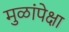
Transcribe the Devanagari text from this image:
मुळांपेक्षा